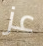
عز